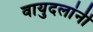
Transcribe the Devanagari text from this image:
वायुदलांनी